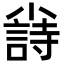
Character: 𡮲